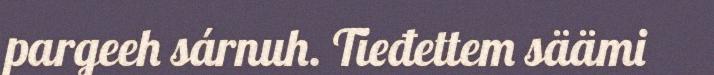
pargeeh sárnuh. Tieđettem säämi